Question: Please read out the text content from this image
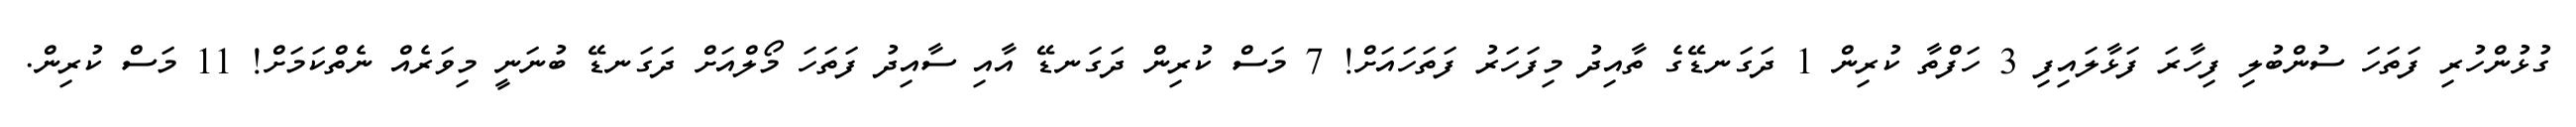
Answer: ގުޅުންހުރި ފަތަހަ ސުންބުލި ފިހާރަ ފަޅާލައިފި 3 ހަފްތާ ކުރިން 1 ދަގަނޑޭގެ ތާއިދު މިފަހަރު ފަތަހައަށް! 7 މަސް ކުރިން ދަގަނޑޭ އާއި ސާއިދު ފަތަހަ މޯލްއަށް ދަގަނޑޭ ބުނަނީ މިވަރެއް ނެތްކަމަށް! 11 މަސް ކުރިން.